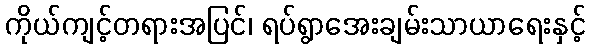
ကိုယ်ကျင့်တရားအပြင်၊ ရပ်ရွာအေးချမ်းသာယာရေးနှင့်